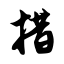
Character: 措